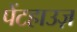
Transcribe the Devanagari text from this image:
पेंटहाउज़